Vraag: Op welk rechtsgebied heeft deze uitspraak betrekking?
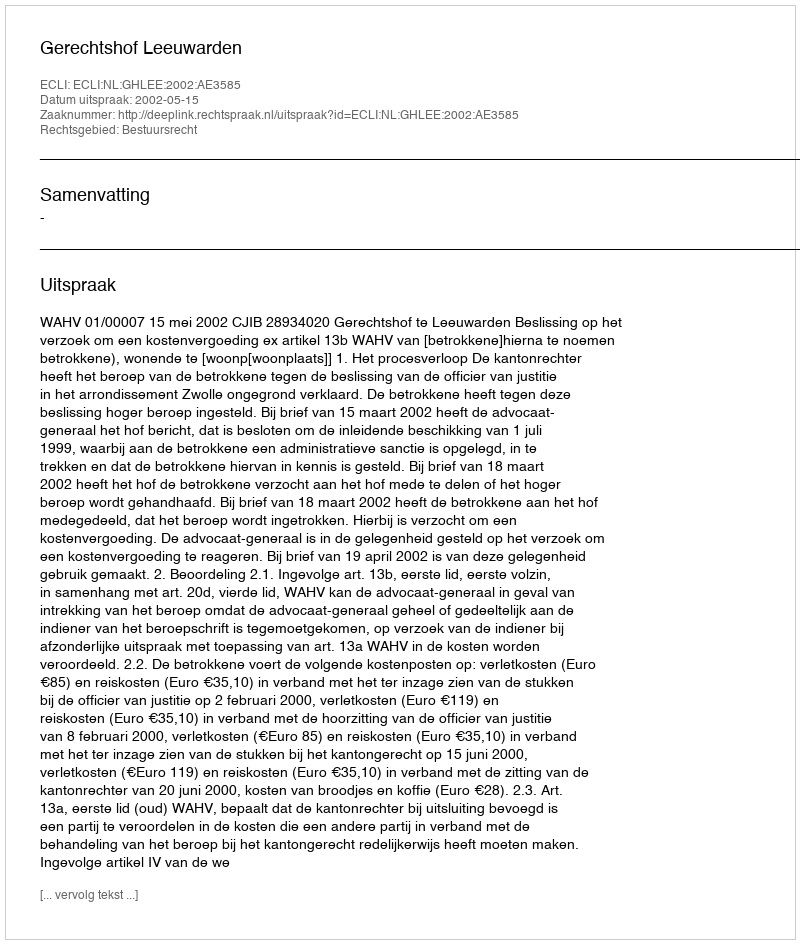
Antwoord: Bestuursrecht